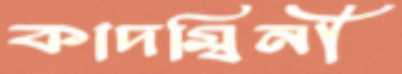
কাদম্বিনী